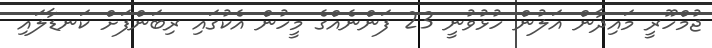
ޖުމްހޫރީ މައިދާން އަލުން ހުޅުވުނީ 23 ފަންނެއްގެ މީހުން އެކުގައި ރިބަންފަށް ކަނޑާލައި